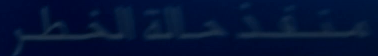
متفرد حالة الخطر